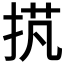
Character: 𢭾